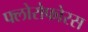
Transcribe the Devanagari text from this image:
फ्लोरोफोरस